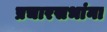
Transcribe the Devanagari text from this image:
प्रचारसभांना